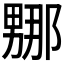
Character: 𭻤